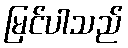
မြင်ပါသည်